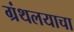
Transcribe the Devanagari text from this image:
ग्रंथलयाचा